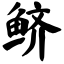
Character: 鲚